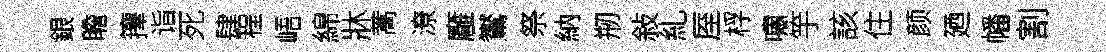
銀瞻籜诣死肆程峿綿牀蒿潦廱鸑祭納剏敍糺厔桴嘯竽該住颜廼幡割